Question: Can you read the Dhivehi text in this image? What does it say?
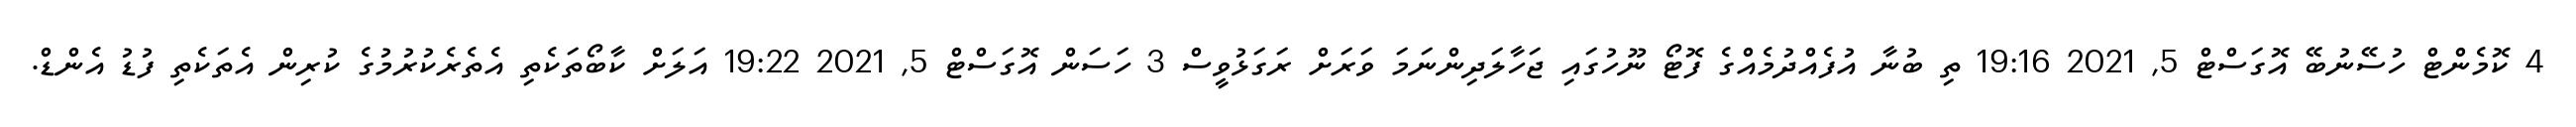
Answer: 4 ކޮމެންޓް ހުސޭނުބޭ އޮގަސްޓް 5, 2021 19:16 ތި ބުނާ އުފެއްދުމެއްގެ ފޮޓޯ ނޫހުގައި ޖަހާލަދިންނަމަ ވަރަށް ރަގަޅުވީސް 3 ހަސަން އޮގަސްޓް 5, 2021 19:22 އަލަށް ކާބޯތަކެތި އެތެރެކުރުމުގެ ކުރިން އެތަކެތި ފުޑު އެންޑް.